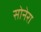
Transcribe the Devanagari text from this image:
सोनेरा